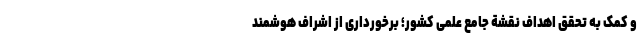
و کمک به تحقق اهداف نقشة جامع علمی کشور؛ برخورداری از اشراف هوشمند